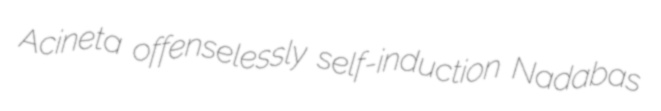
Acineta offenselessly self-induction Nadabas